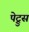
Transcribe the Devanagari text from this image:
पेट्रुस